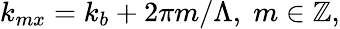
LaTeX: k_{mx}=k_{b}+2\pi m/\Lambda,\; m\in\mathbb{Z},